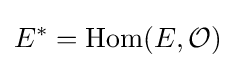
E^{*}=\operatorname {Hom} (E,{\mathcal {O}})